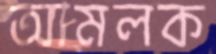
আমলক